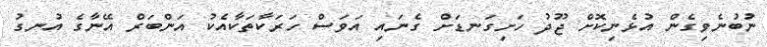
ނުބުނެވިގެން އުޅެނިކޮށް ޖޫދު ހަށިގަނޑަށް ގެނައި އަވަސް ހަރަކާތަކާއެކު އަންބަރް އޭނާގެ އުނގު